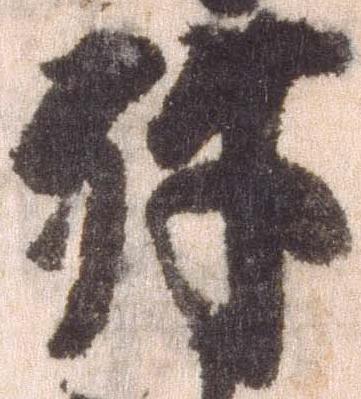
殊